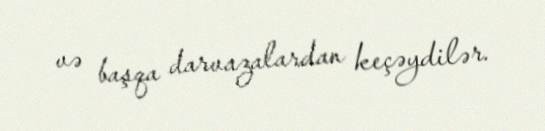
və başqa darvazalardan keçəydilər.